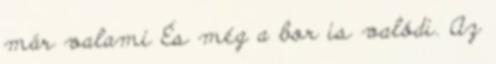
már valami És még a bor is valódi. Az